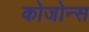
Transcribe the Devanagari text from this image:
कोजोन्स